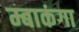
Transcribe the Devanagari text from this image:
म्बाकंगा